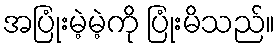
အပြုံးမဲ့မဲ့ကို ပြုံးမိသည်။